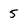
Character: 5